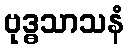
ဗုဒ္ဓသာသနံ